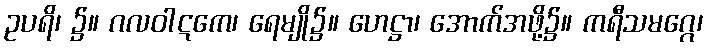
ဥပရိ၊ ၌။ ဂလဝါဋကေ၊ ရေမျို၌။ ဟေဋ္ဌာ၊ အောက်အဖို့၌။ ကရီသမဂ္ဂေ၊